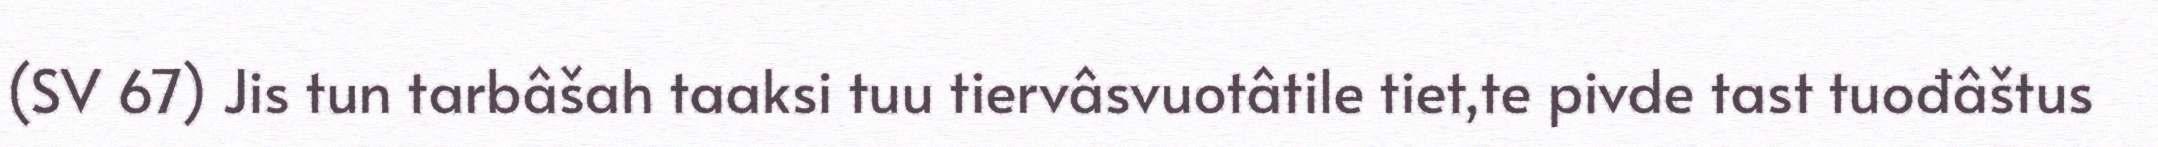
(SV 67) Jis tun tarbâšah taaksi tuu tiervâsvuotâtile tiet,te pivde tast tuođâštus